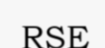
RSE